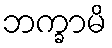
ဘက္ခာမိ